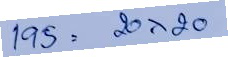
195 = 20x20